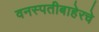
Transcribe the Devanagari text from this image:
वनस्पतीबाहेरचे